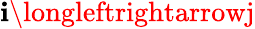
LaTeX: \mathbf{i}\longleftrightarrowj